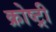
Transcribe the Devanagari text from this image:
क्रोष्ट्री